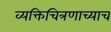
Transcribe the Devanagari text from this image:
व्यक्तिचित्रणाच्याच